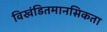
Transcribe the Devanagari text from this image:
विखंडितमानसिकता